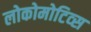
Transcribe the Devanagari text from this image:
लोकोमोटिव्स